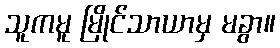
သူကမူ မြိုင်သာယာမှ မခွာ။